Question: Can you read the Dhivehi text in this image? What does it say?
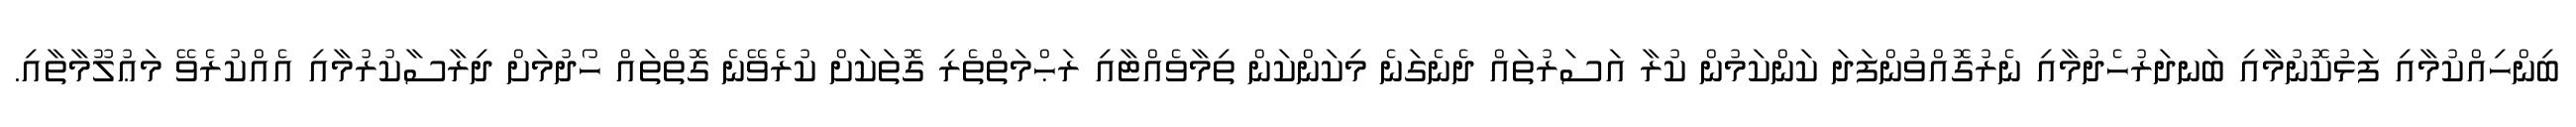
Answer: ބިންހިއްކުމާއި ފަޅުކޮނުމާއި ބަނދަރުހެދުމާއި ނެރުގޮއްވުންފަދަ ކަންކަމުން ކުރާ އަސަރުތައް ދެނެގަނެ މިކަންކަން ތިމާވެއްޓާއި ރަޙްމަތްތެރި ގޮތަކަށް ކުރެވޭނެ ގޮތްތައް ހޯދުމަށް ދިރާސާކުރުމާއި އެއްކުރެވޭ މަޢުލޫމާތާއި.